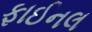
ફાઈનલ